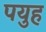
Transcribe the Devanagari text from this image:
पयुह